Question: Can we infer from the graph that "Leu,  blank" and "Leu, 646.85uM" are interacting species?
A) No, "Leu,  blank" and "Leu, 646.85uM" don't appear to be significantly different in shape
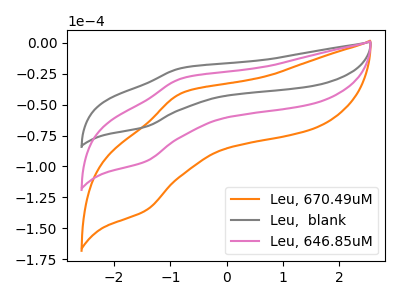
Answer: <think>The orange curve "Leu, 670.49uM" has an anodic peak at (-0.80V, -57.10uA) and a cathodic peak at (-1.45V, -192.05uA). The gray curve "Leu,  blank" has an anodic peak at (-0.80V, -20.20uA) and a cathodic peak at (-1.45V, -67.90uA). The pink curve "Leu, 646.85uM" has an anodic peak at (-0.80V, -28.55uA) and a cathodic peak at (-1.45V, -96.00uA).
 All the peaks in "Leu,  blank" have a peak in "Leu, 646.85uM" at the same potential.</think>
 <answer>A) No, "Leu,  blank" and "Leu, 646.85uM" don't appear to be significantly different in shape</answer>
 <eval>A</eval>